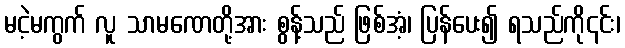
မငဲ့မကွက် လူ သာမဏေတို့အား စွန့်သည် ဖြစ်အံ့၊ ပြန်ပေး၍ ရသည်ကို၎င်း၊